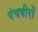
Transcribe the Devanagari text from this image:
पंचवीरों